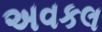
અવકલ